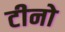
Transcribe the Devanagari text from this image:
टीनो